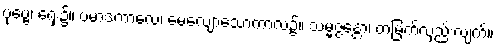
ပုဗ္ဗေ၊ ရှေး၌။ ပမာဒကာလေ၊ မေ့လျော့သောကာလ၌။ သမ္မဇ္ဇန္တော၊ တံမြက်လှည်းလျက်။